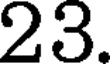
23.